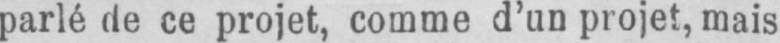
parlé de ce projet, comme d’un projet, mais